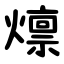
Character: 燷